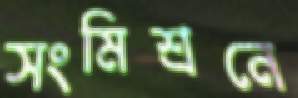
সংমিশ্রনে